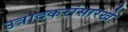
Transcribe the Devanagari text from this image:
उत्रादकरांसारखे